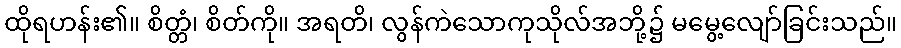
ထိုရဟန်း၏။ စိတ္တံ၊ စိတ်ကို။ အရတိ၊ လွန်ကဲသောကုသိုလ်အဘို့၌ မမွေ့လျော်ခြင်းသည်။